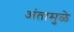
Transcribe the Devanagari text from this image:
अंतामुळे